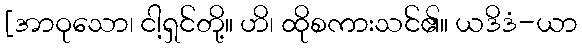
[အာဝုသော၊ ငါ့ရှင်တို့။ ဟိ၊ ထိုစကားသင်၏။ ယဒိဒံ-ယာ